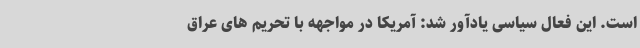
است. این فعال سیاسی یادآور شد: آمریکا در مواجهه با تحریم های عراق